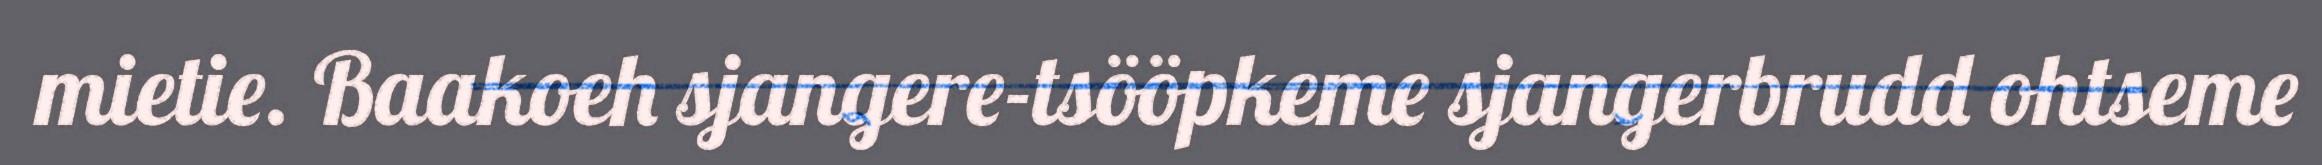
mietie. Baakoeh sjangere-tsööpkeme sjangerbrudd ohtseme